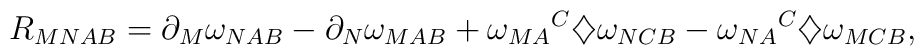
R_{MNAB}=\partial_M\omega_{NAB}-\partial_N\omega_{MAB}+{\omega_{MA}}^C\diamondsuit\omega_{NCB}-{\omega_{NA}}^C\diamondsuit\omega_{MCB},